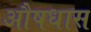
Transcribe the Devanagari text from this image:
औषधास